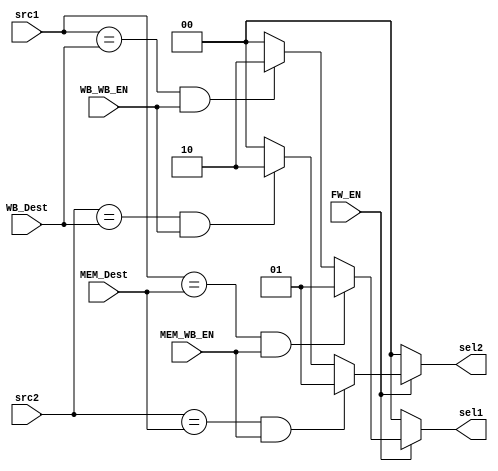
module ForwardingUnit(FW_EN, src1, src2, MEM_Dest, MEM_WB_EN, WB_Dest, WB_WB_EN, sel1, sel2);


input[3:0] src1, src2, MEM_Dest, WB_Dest;
input FW_EN, MEM_WB_EN, WB_WB_EN;
output[1:0] sel1, sel2;

wire type1, type2;

assign type1 = (src1==MEM_Dest) & MEM_WB_EN;
assign type2 = (src1==WB_Dest) & WB_WB_EN;
assign type3 = (src2==MEM_Dest) & MEM_WB_EN;
assign type4 = (src2==WB_Dest) & WB_WB_EN;

assign sel1 =
    ~FW_EN ? 2'b00 :
    type1  ? 2'b01 :
    type2  ? 2'b10 :
          2'b00;

assign sel2 =  
    ~FW_EN ? 2'b00 :
    type3  ? 2'b01 :
    type4  ? 2'b10 :
          2'b00;

endmodule